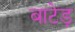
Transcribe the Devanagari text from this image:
बाटेड़ू